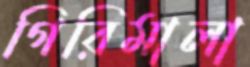
গিরিমালা